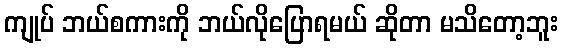
ကျုပ် ဘယ်စကားကို ဘယ်လိုပြောရမယ် ဆိုတာ မသိတော့ဘူး